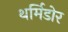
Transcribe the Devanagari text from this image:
थर्मिडोर